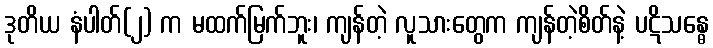
ဒုတိယ နံပါတ်(၂) က မထက်မြက်ဘူး၊ ကျန်တဲ့ လူသားတွေက ကျန်တဲ့စိတ်နဲ့ ပဋိသန္ဓေ